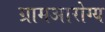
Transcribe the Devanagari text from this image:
ग्रामआरोग्य